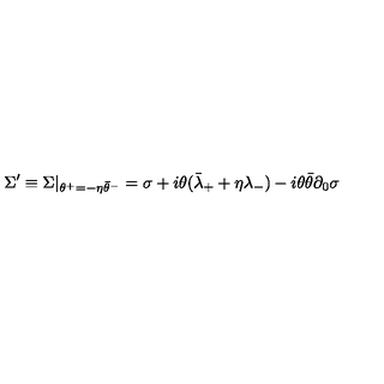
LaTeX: \Sigma ^ { \prime } \equiv \Sigma | _ { \theta ^ { + } = - \eta \bar { \theta } ^ { - } } = \sigma + i \theta ( \bar { \lambda } _ { + } + \eta \lambda _ { - } ) - i \theta \bar { \theta } \partial _ { 0 } \sigma